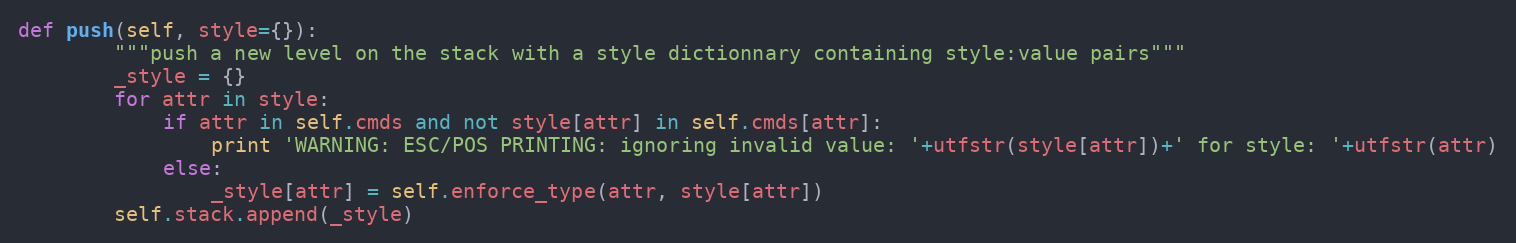
Language: Python
def push(self, style={}):
        """push a new level on the stack with a style dictionnary containing style:value pairs"""
        _style = {}
        for attr in style:
            if attr in self.cmds and not style[attr] in self.cmds[attr]:
                print 'WARNING: ESC/POS PRINTING: ignoring invalid value: '+utfstr(style[attr])+' for style: '+utfstr(attr)
            else:
                _style[attr] = self.enforce_type(attr, style[attr])
        self.stack.append(_style)